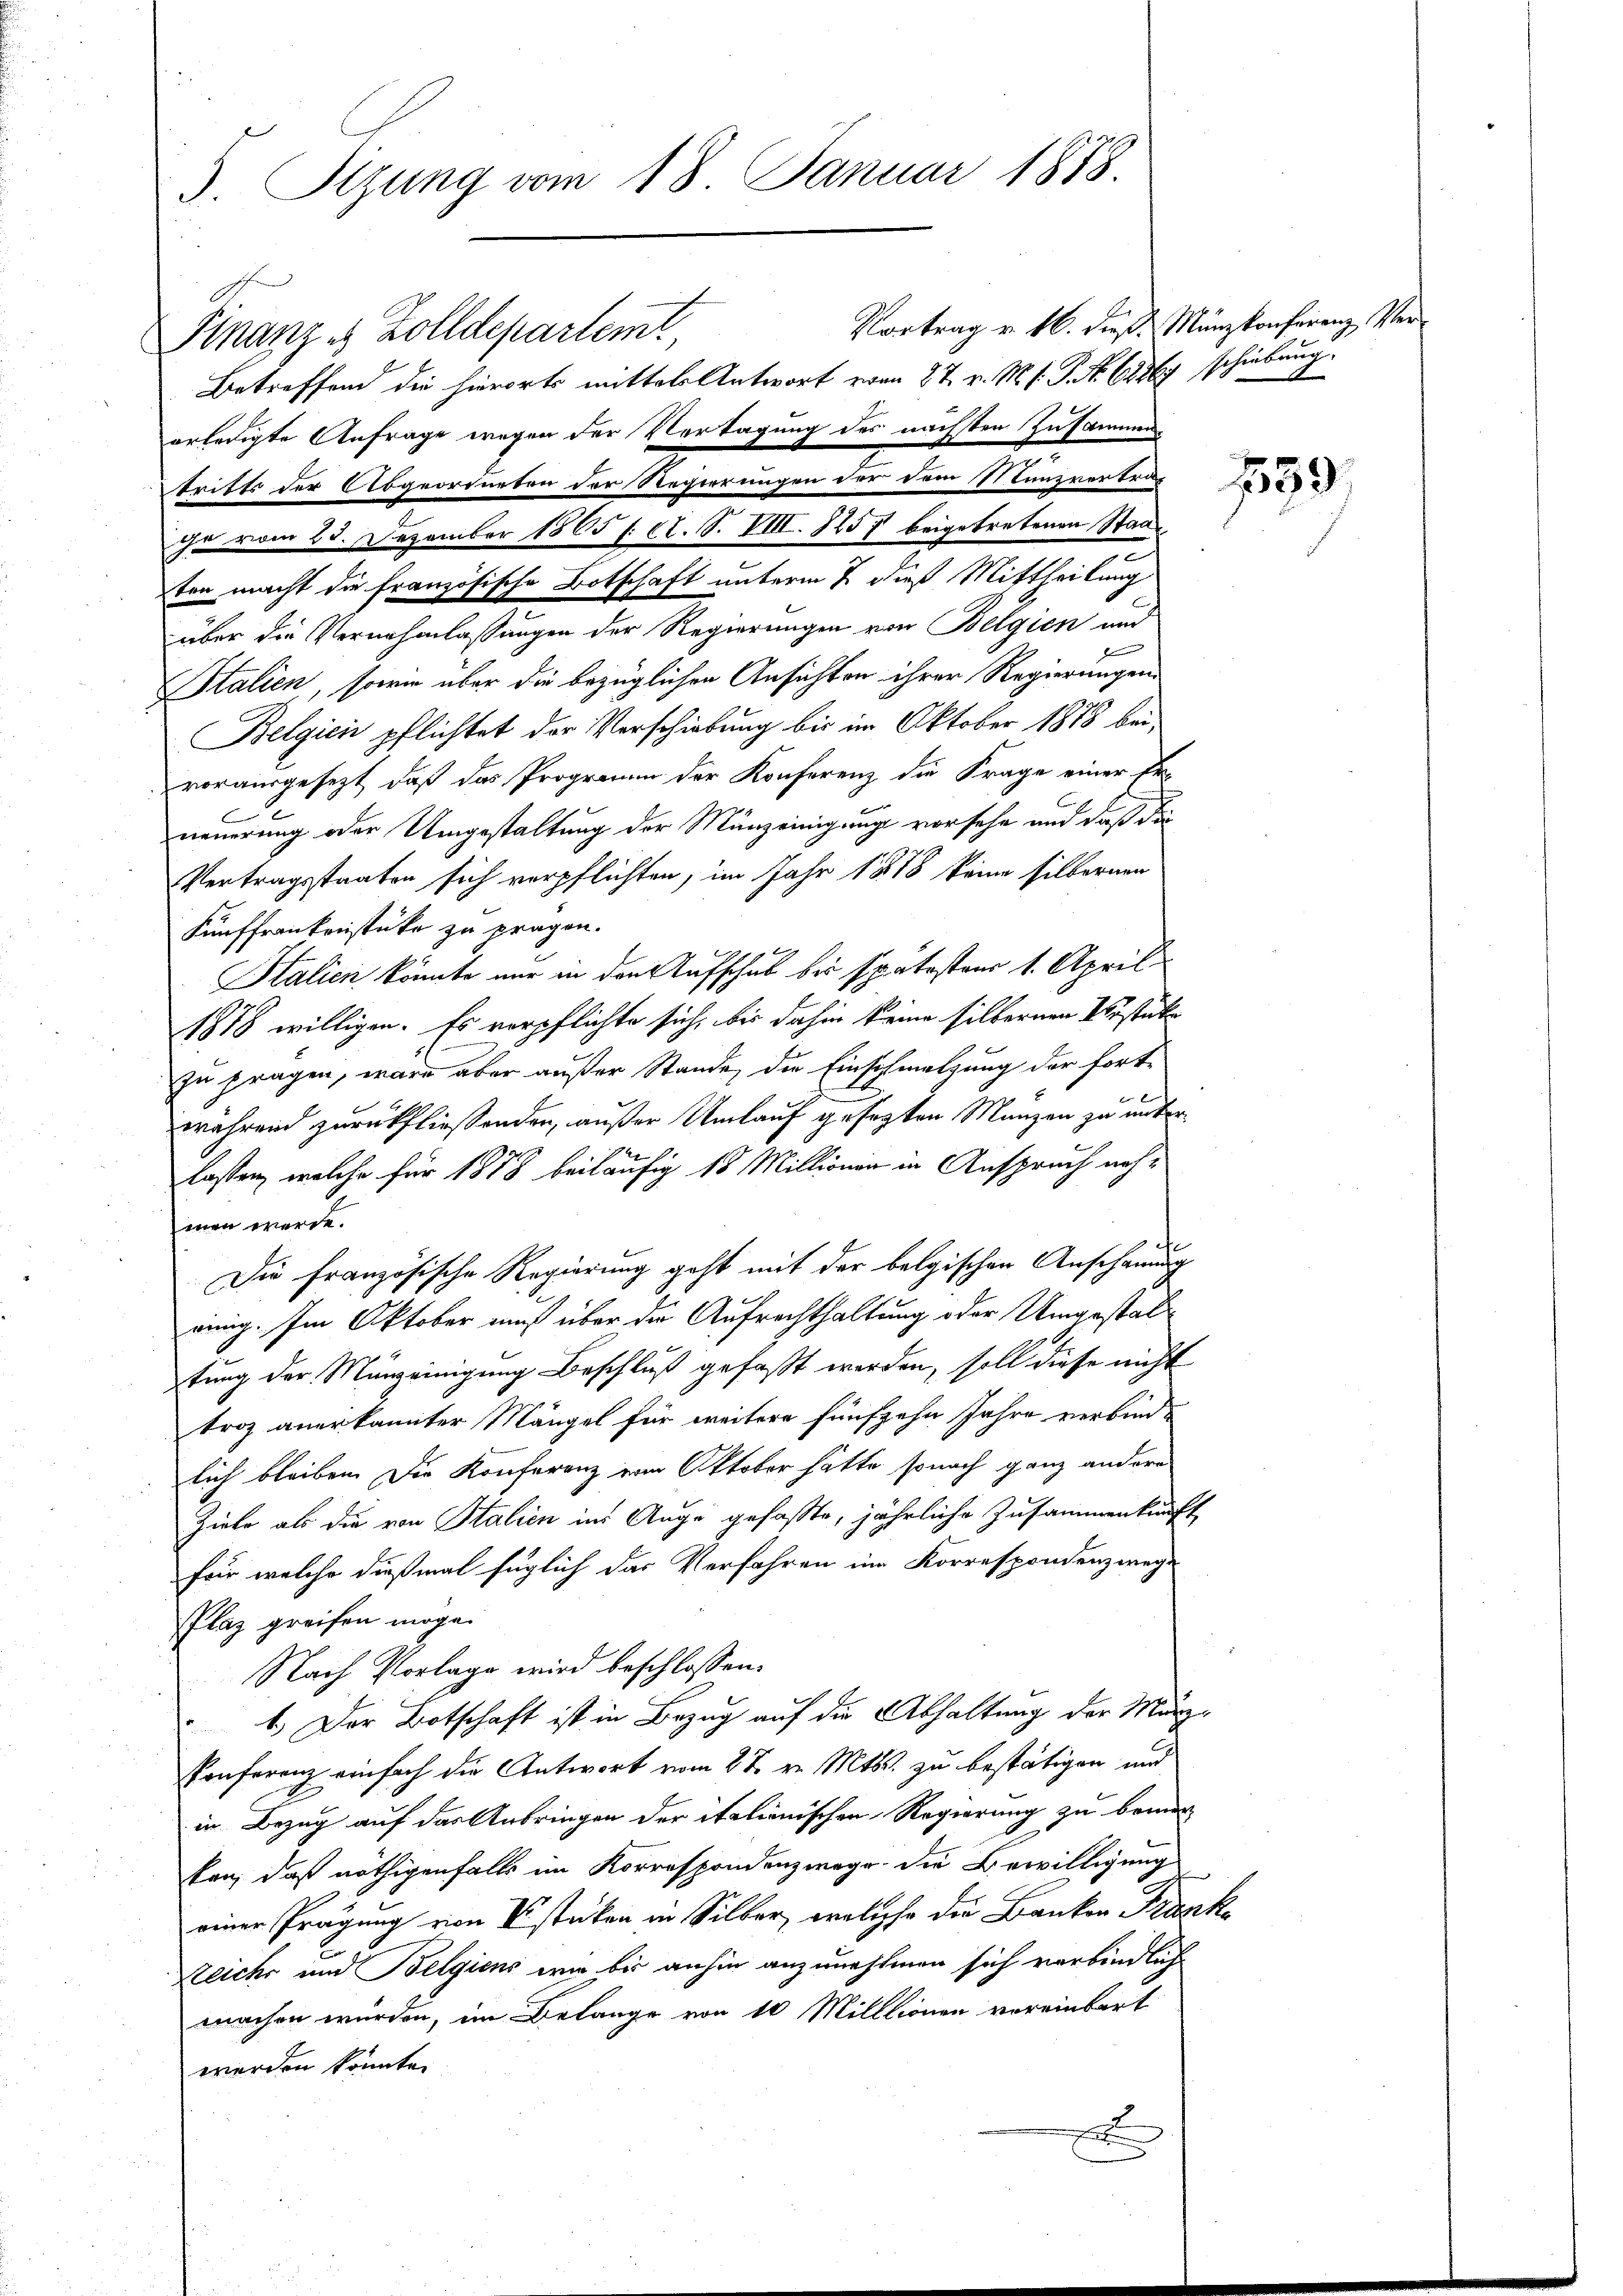
3. Sizung vom 18. Januar 1818.

Finanzes Zolldepartemt
Betreffend die hierorts mittels Antwort vom 27. v. M. s. P. Nr. 62869 schiebung.
ten macht die französische Botschaft unterm 7. dieß Mittheilung
über die Vernahmlassungen der Regierungen von Belgien und
Italien, sowie über die bezüglichen Ansichten ihrer Regierungen
Belgien pflichtet der Verschiebung bis im Oktober 1878 bei
vorausgesezt, daß das Programm der Konferenz die Frage einer Er-
neuerung oder Umgestaltung der Münzeinigung vorsehe und daß die
Vertragsstaaten sich verpflichten, im Jahr 1878 keine silbernen
Fünffrankenstüke zu pragen.
Stalien könnte nur in den Aufschub bis spätestens 1. April
1878 willigen. Es verpflichte sich, bis dahin keine silbernen Verstücke
zu fragen, wäre aber außer Stande, die Einschmelzung der fortwährend zurückfließenden, außer Umlauf gesezten Manzen zu unterlassen, welche für 1878 beiläufig 18 Millionen in Anspruch nehmen werde.
Die französische Regierung geht mit der belgischen Anschauung
einig. Im Oktober muß über die Aufrechthaltung oder Umgestaltung der Münzeinigung Beschluß gefaßt werden, soll diese nicht
troz anerkannter Mängel für weitere fünfzehn Jahre verbindlich bleiben. Die Konferenz vom Oktober hätte sonach ganz andere
Ziele als die von Stalien ins Auge gefaßte, jährliche Zusammenkunft
für welche dießmal füglich das Verfahren im Korrespondenz wege
Plaz greifen möge.
Nach Vorlage wird beschlossen:
1. Der Botschaft ist in Bezug auf die Abhaltung der Münz-
Konferenz einfach die Antwort vom 27. v. Mts. zu bestätigen und
in Bezug auf das Anbringen der italionischen Regierung zu bemer-
kan, daß nöthigenfalls im Korrespondenzwege die Bewilligung
einer Prägung von V stücken in Silber, welche die Banken Prunke
Zeiche und Belgiens wie bis anhin anzunehmen sich verbindlich
machen wurden, im Belange von 10 Milllionen vereinbart
werden könnte.
F

erledigte Anfrage wegen der Vertagung des nächsten Zusammen
tritts der Abgeordneten der Regierungen der dem Munzvertra-
ihe vom 23. Dezember 1865 s. et. S. VIII. 1257 beigetretenen Stadt

Vortrag v. 16. dieß. Münzkonferenz Ver¬

1559